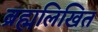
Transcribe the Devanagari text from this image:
ब्रह्मलिखित